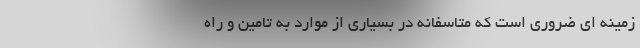
زمینه ای ضروری است که متاسفانه در بسیاری از موارد به تامین و راه